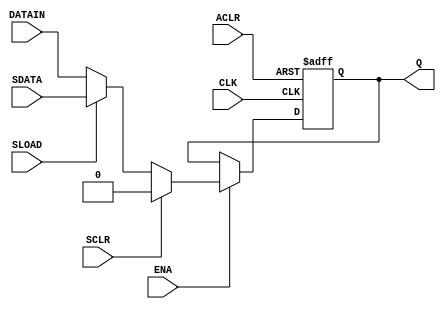
module MISTRAL_FF(
    input DATAIN,
    (* clkbuf_sink *) input CLK,
    input ACLR, ENA, SCLR, SLOAD, SDATA,
    output reg Q
);

`ifdef cyclonev
specify
    if (ENA && ACLR !== 1'b0 && !SCLR && !SLOAD) (posedge CLK => (Q : DATAIN)) = 731;
    if (ENA && SCLR) (posedge CLK => (Q : 1'b0)) = 890;
    if (ENA && !SCLR && SLOAD) (posedge CLK => (Q : SDATA)) = 618;

    $setup(DATAIN, posedge CLK, /* -196 */ 0);
    $setup(ENA, posedge CLK, /* -196 */ 0);
    $setup(SCLR, posedge CLK, /* -196 */ 0);
    $setup(SLOAD, posedge CLK, /* -196 */ 0);
    $setup(SDATA, posedge CLK, /* -196 */ 0);

    if (ACLR === 1'b0) (ACLR => Q) = 282;
endspecify
`endif
`ifdef arriav
specify
    if (ENA && ACLR !== 1'b0 && !SCLR && !SLOAD) (posedge CLK => (Q : DATAIN)) = 470;
    if (ENA && SCLR) (posedge CLK => (Q : 1'b0)) = 633;
    if (ENA && !SCLR && SLOAD) (posedge CLK => (Q : SDATA)) = 439;

    $setup(DATAIN, posedge CLK, /* -170 */ 0);
    $setup(ENA, posedge CLK, /* -170 */ 0);
    $setup(SCLR, posedge CLK, /* -170 */ 0);
    $setup(SLOAD, posedge CLK, /* -170 */ 0);
    $setup(SDATA, posedge CLK, /* -170 */ 0);

    if (ACLR === 1'b0) (ACLR => Q) = 215;
endspecify
`endif
`ifdef cyclone10gx
specify
    // TODO (long-term): investigate these numbers.
    // It seems relying on the Quartus Timing Analyzer was not the best idea; it's too fiddly.
    if (ENA && ACLR !== 1'b0 && !SCLR && !SLOAD) (posedge CLK => (Q : DATAIN)) = 219;
    if (ENA && SCLR) (posedge CLK => (Q : 1'b0)) = 219;
    if (ENA && !SCLR && SLOAD) (posedge CLK => (Q : SDATA)) = 219;

    $setup(DATAIN, posedge CLK, 268);
    $setup(ENA, posedge CLK, 268);
    $setup(SCLR, posedge CLK, 268);
    $setup(SLOAD, posedge CLK, 268);
    $setup(SDATA, posedge CLK, 268);

    if (ACLR === 1'b0) (ACLR => Q) = 0;
endspecify
`endif

initial begin
    // Altera flops initialise to zero.
	Q = 0;
end

always @(posedge CLK, negedge ACLR) begin
    // Asynchronous clear
    if (!ACLR) Q <= 0;
    // Clock-enable
	else if (ENA) begin
        // Synchronous clear
        if (SCLR) Q <= 0;
        // Synchronous load
        else if (SLOAD) Q <= SDATA;
        else Q <= DATAIN;
    end
end

endmodule